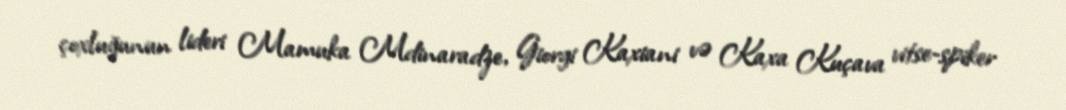
çoxluğunun lideri Mamuka Mdinaradze, Giorgi Kaxiani və Kaxa Kuçava vitse-spiker